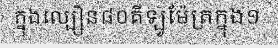
ក្នុងល្បឿន៨០គីឡូម៉ែត្រក្នុង១